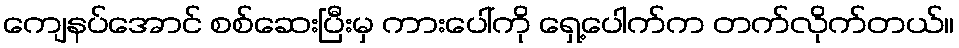
ကျေနပ်အောင် စစ်ဆေးပြီးမှ ကားပေါ်ကို ရှေ့ပေါက်က တက်လိုက်တယ်။